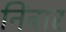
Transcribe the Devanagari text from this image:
निंबार